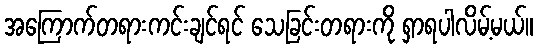
အကြောက်တရားကင်းချင်ရင် သေခြင်းတရားကို ရှာရပါလိမ့်မယ်။